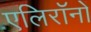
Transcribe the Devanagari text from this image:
एलिरॉनों